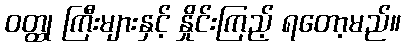
ဝတ္ထု ကြီးများနှင့် နှိုင်းကြည့် ရတော့မည်။